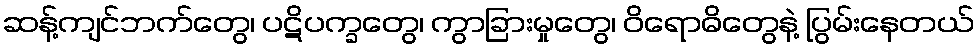
ဆန့်ကျင်ဘက်တွေ၊ ပဋိပက္ခတွေ၊ ကွာခြားမှုတွေ၊ ဝိရောဓိတွေနဲ့ ပြွမ်းနေတယ်